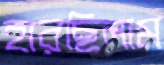
হারছিলাম